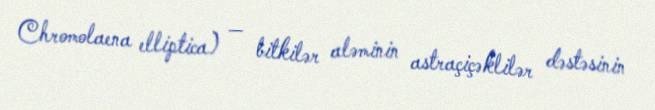
Chromolaena elliptica) — bitkilər aləminin astraçiçəklilər dəstəsinin